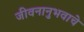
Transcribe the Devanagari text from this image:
जीवनानुभवाचे